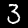
Digit: 3